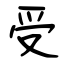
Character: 受